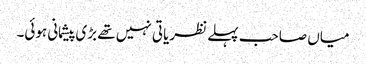
میاں صاحب پہلے نظریاتی نہیں تھے بڑی پیشمانی ہوئی۔